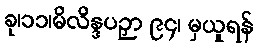
ခု၊၁၁၊မိလိန္ဒပဉှာ ၉၄၊ မှယူရန်